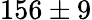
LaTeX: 156\pm 9